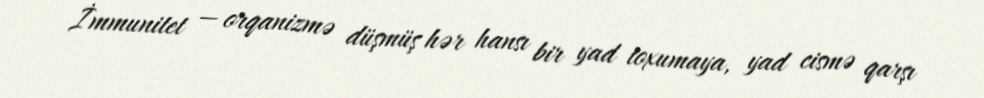
İmmunitet — orqanizmə düşmüş hər hansı bir yad toxumaya, yad cismə qarşı